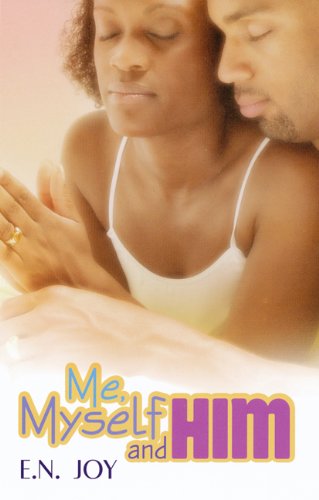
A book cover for Me, Myself and Him (Urban Christian); E.N. Joy; Literature & Fiction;